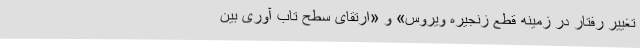
تغییر رفتار در زمینه قطع زنجیره ویروس» و «ارتقای سطح تاب آوری بین